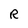
Character: R